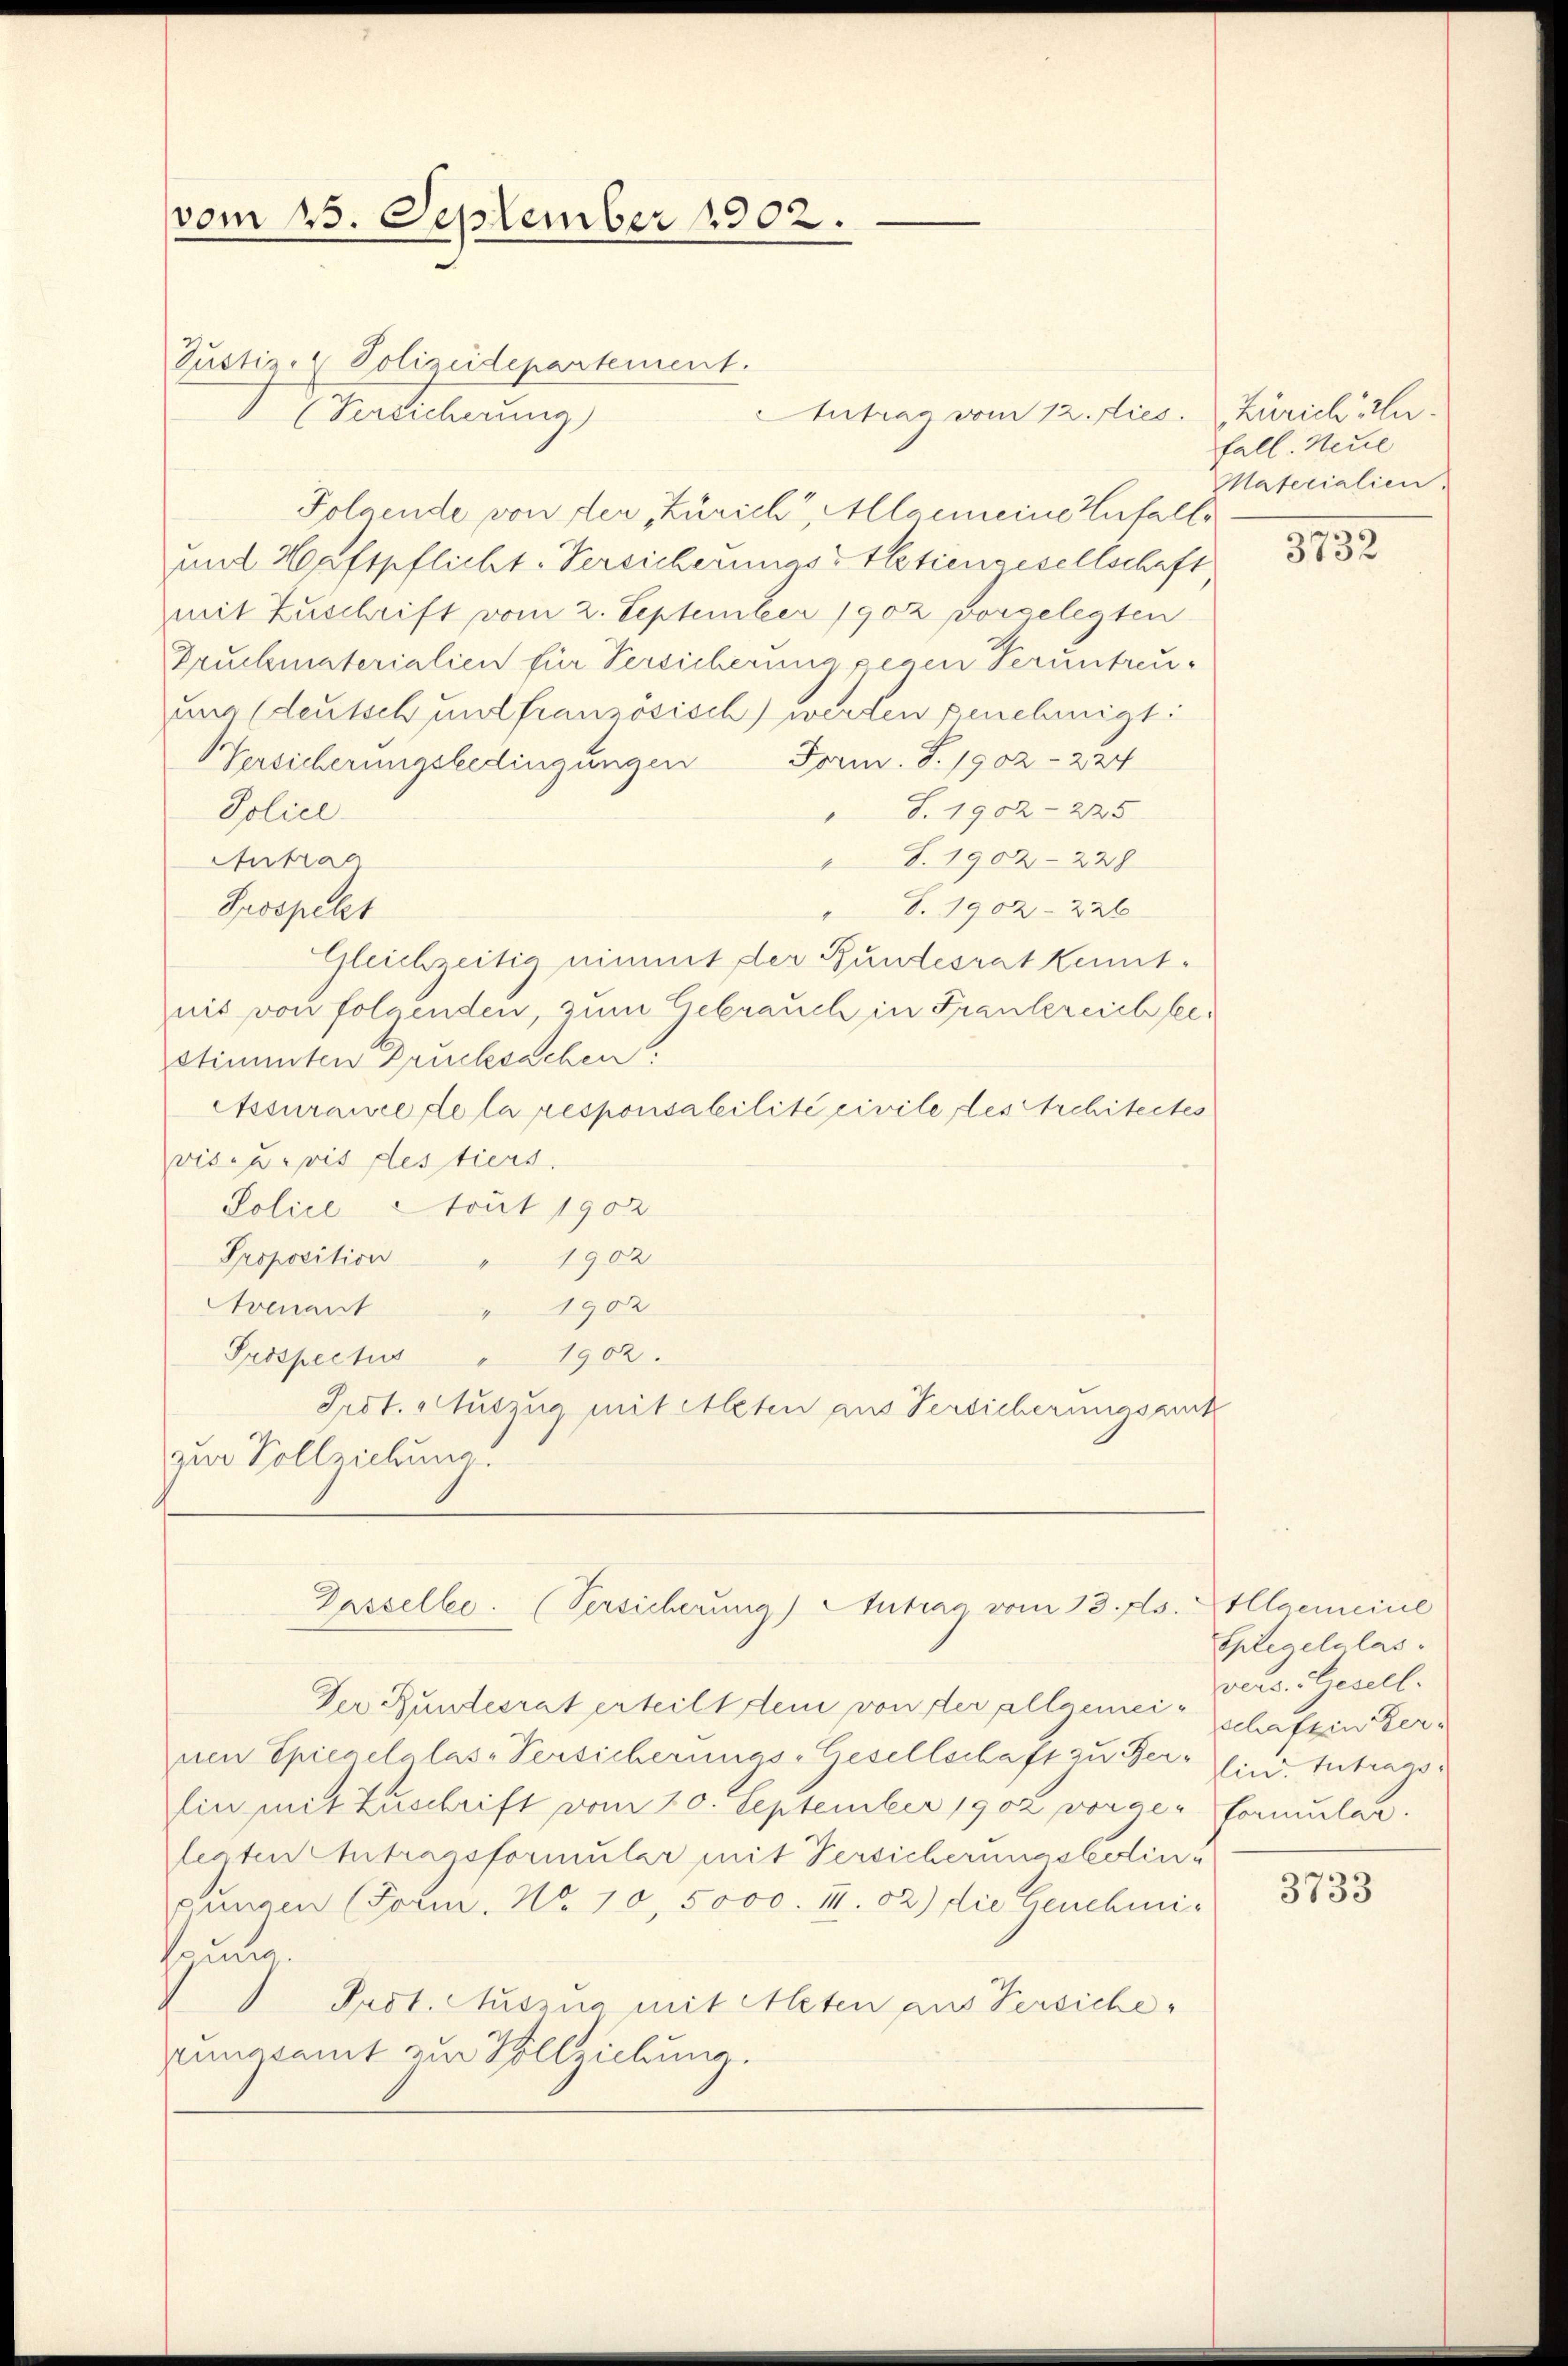
vom 25. September 1902.

Justiz, Polizeidepartement.
(Vereicherung)
Folgende von der Zürich, Allgemeine Zufalls
und Haftpflicht-Versicherungs-Aktiengesellschaft,
mit Zuschrift vom 2. September 1902 vorgelegten
Fruchmaterialien für Versicherung gegen Veruntreuum (deutsch und französisch) werten genehmigt:
Versicherungsbedingungen Form. S. 1902 -224
 S. 1902-225.
Police
Antrag
 S. 1902 -229
Prospelt
 S. 1902 -226
Gleichzeitig nimmt der Bundesrat kenntnis von folgenden, zum Gebrauch in Frankereich bestimmten Drucksachen!
Assurance de la responsabilité civile des Architectes
visoris des tiers.
Police tout 1902
Proposition " 1902
Avenant " 1902
Prospectus " 1902.
Irst. Auszug mit Aleten aus Versicherungsruck
zur Vollziehung
Dasselbe. (Versicherung) Antrag vom 13. ds.
Der Bundesrat erteilt dem von der allgemei- schaften Kernen Spiegelglas-Versicherungs-Gesellschaft zu Ber-Ein. Intrags¬
Ein mit Zuschrift vom 10. September 1902 vorge- Formular.
legten Chitragsformular mit Versicherungsbotinu
zeungen (Form. No. 10, 5000. II. 92) die Genehmi-
Parmen.
Prot. Auszug mit Meten aus Versiche
rungsamt zur Vollziehung.

Antrag vom 12. Dies

Kurieli an.
fall. Neue
Materialien.
3732

Allgemeinl
Spleaelelas
vers. Gesell

3733